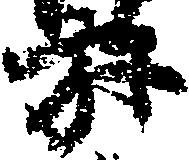
弥